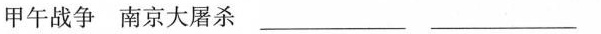
甲午战争南京大屠杀___ ___